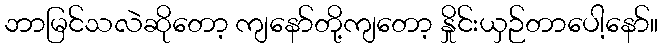
ဘာမြင်သလဲဆိုတော့ ကျနော်တို့ကျတော့ နှိုင်းယှဉ်တာပေါ့နော်။